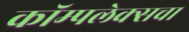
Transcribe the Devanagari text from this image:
कॉम्पलेक्सचा